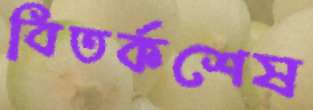
বিতর্কশেষ